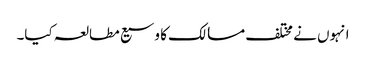
انہوں نے مختلف مسالک کا وسیع مطالعہ کیا۔